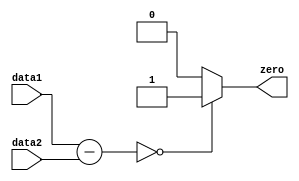
`timescale 1ns / 1ps
//////////////////////////////////////////////////////////////////////////////////
// Company: 
// Engineer: 
// 
// Design Name: 
// Module Name: EquJudge
// Project Name: 
// Target Devices: 
// Tool Versions: 
// Description: 
// 
// Dependencies: 
// 
// Revision:
// Revision 0.01 - File Created
// Additional Comments:
// 
//////////////////////////////////////////////////////////////////////////////////


module EquJudge(
    input [31:0] data1,
    input [31:0] data2,
    output zero
    );
    assign zero=(data1-data2==0)?1:0;
endmodule